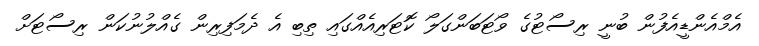
އެމްއެންޑީއެފުން ބުނީ ރިސޯޓުގެ ވޯޓަބަންގަލޯ ކޮޓަރިއެއްގައި ތިބި އެ ދެމަފިރިން ގެއްލުނުކަން ރިސޯޓަށް